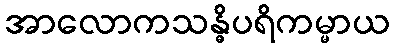
အာလောကသန္ဓိပရိကမ္မာယ